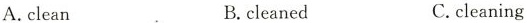
A. clean B. cleaned C. cleaning